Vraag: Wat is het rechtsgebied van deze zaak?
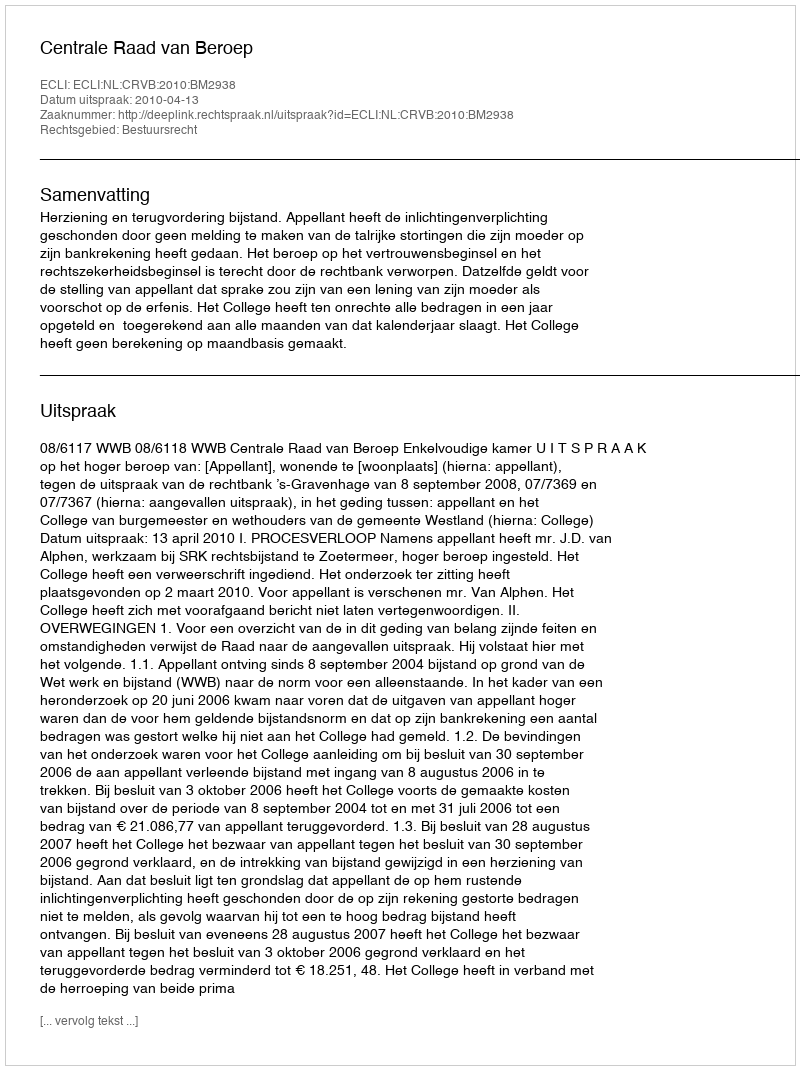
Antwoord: Bestuursrecht